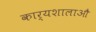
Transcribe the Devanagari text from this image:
कार्यशालाऔ